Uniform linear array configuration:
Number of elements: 12
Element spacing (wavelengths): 0.5
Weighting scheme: hann
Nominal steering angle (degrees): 30
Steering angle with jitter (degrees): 30.724
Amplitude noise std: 0.05
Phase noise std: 0.05

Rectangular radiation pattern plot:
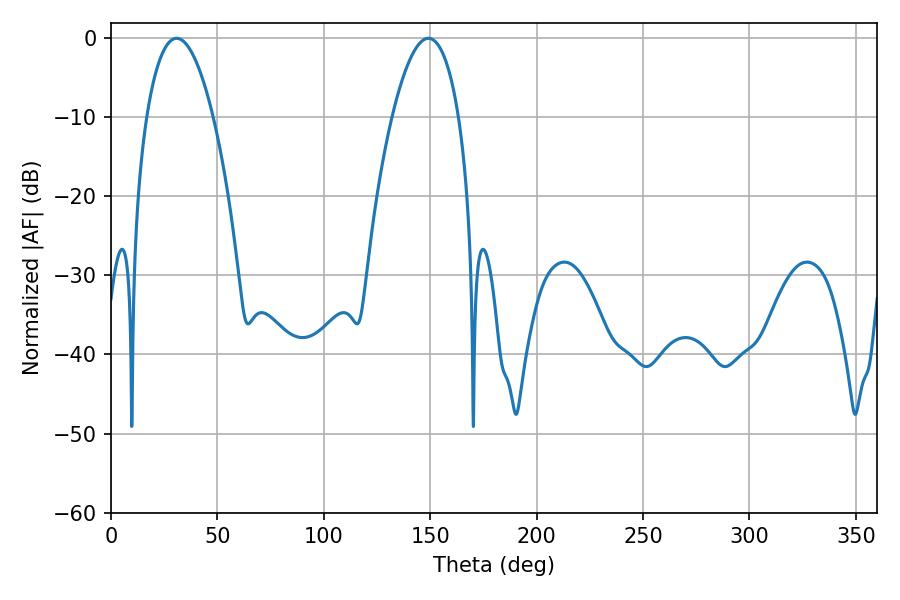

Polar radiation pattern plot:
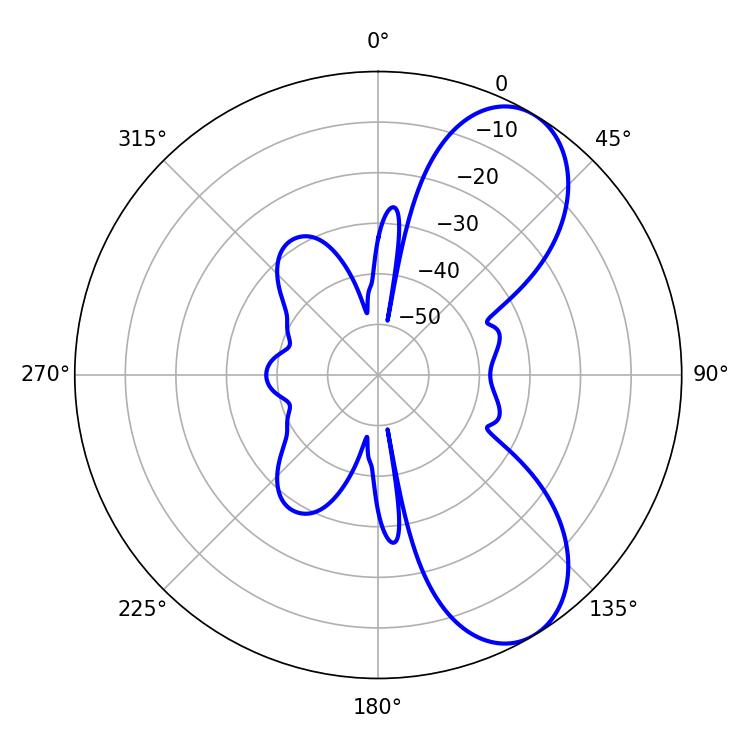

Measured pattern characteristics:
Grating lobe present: FALSE
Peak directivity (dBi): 7.74
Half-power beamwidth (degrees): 17.28
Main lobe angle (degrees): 30.78